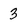
Character: 3